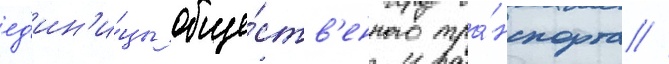
ед'ин'и́цы обще́ств'енного тра́нспорта //